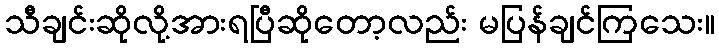
သီချင်းဆိုလို့အားရပြီဆိုတော့လည်း မပြန်ချင်ကြသေး။